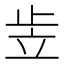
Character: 𰩠